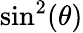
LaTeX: \sin^{2}(\theta)